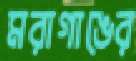
মরাগাঙের